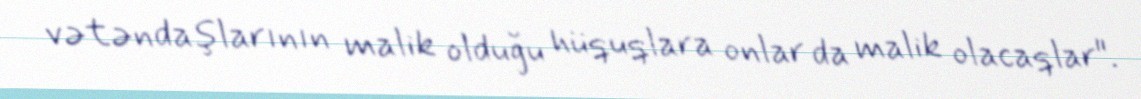
vətəndaşlarının malik olduğu hüquqlara onlar da malik olacaqlar".